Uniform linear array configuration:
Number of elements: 16
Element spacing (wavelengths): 0.25
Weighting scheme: kaiser
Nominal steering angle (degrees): -45
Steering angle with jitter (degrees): -45.209
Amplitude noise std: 0.05
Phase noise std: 0.05

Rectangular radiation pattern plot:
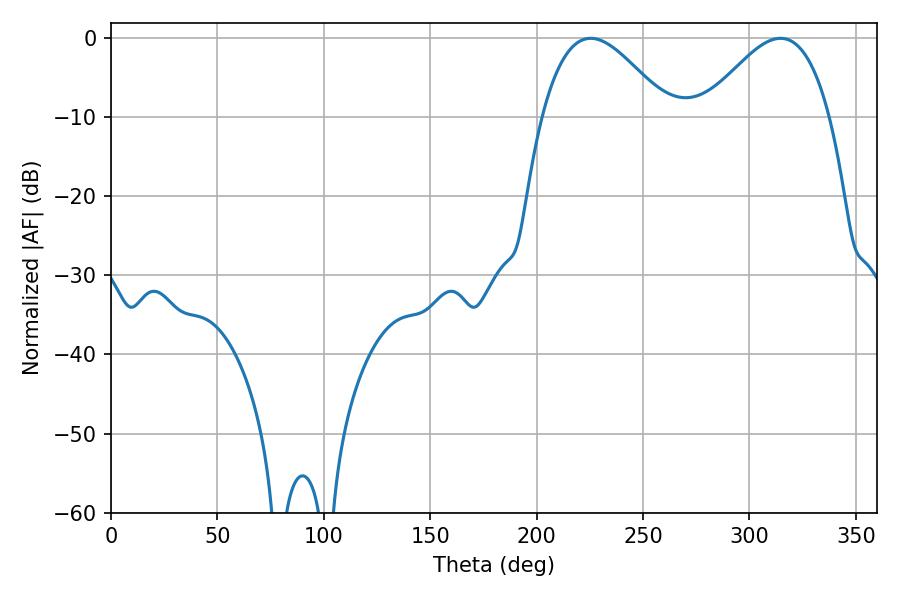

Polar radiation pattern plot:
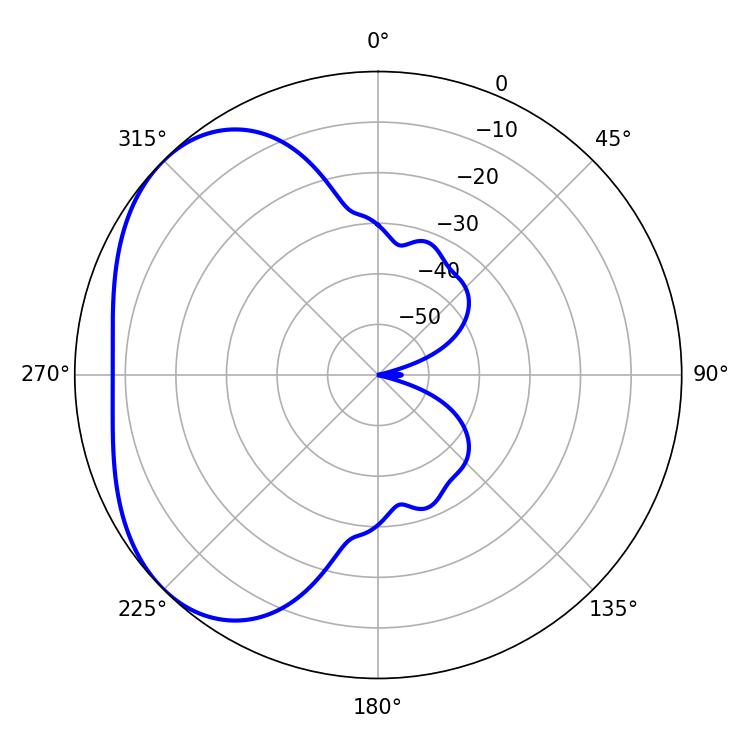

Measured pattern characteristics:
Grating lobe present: FALSE
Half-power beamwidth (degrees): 31.86
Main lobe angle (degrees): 225.36